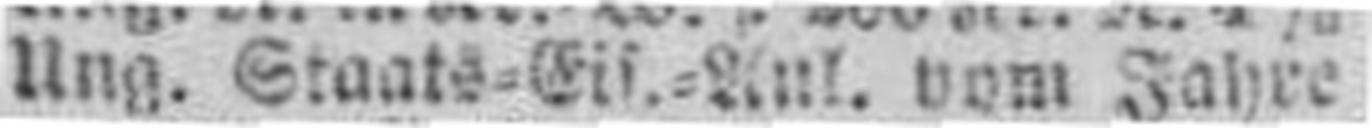
Ung. Staats=Eis.=Anl. vom Jahre